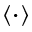
\left\langle \cdot \right\rangle